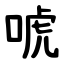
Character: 唬